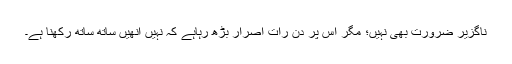
ناگزیر ضرورت بھی نہیں؛ مگر اس پر دن رات اصرار بڑھ رہاہے کہ نہیں انھیں ساتھ ساتھ رکھنا ہے۔